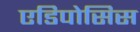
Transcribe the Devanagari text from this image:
एडिपोसिस